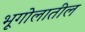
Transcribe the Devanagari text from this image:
भूगोलातील